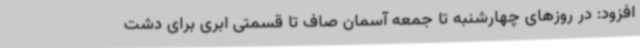
افزود: در روزهای چهارشنبه تا جمعه آسمان صاف تا قسمتی ابری برای دشت